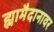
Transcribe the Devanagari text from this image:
ह्यामैदानावर